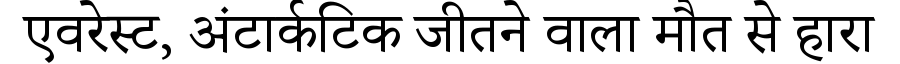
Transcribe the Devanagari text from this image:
एवरेस्ट, अंटार्कटिक जीतने वाला मौत से हारा